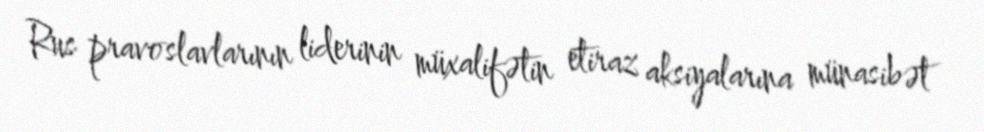
Rus pravoslavlarının liderinin müxalifətin etiraz aksiyalarına münasibət